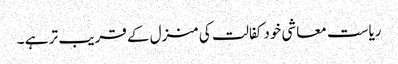
ریاست معاشی خود کفالت کی منزل کے قریب تر ہے ۔